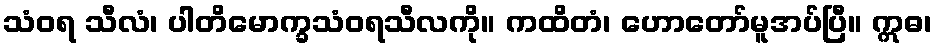
သံဝရ သီလံ၊ ပါတိမောက္ခသံဝရသီလကို။ ကထိတံ၊ ဟောတော်မူအပ်ပြီ။ ဣဓ၊